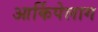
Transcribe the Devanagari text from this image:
आर्किपेलाग